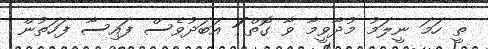
ތީ ހަމަ ނީލަމު މުދާވީމާ ވާ ގޮތް ަަަަަަަަަަަަަަަަަަަ އަބަދުވެސް ފައިސާ ފަހަތުން